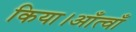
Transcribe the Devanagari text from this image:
किया।आँत्वाँ